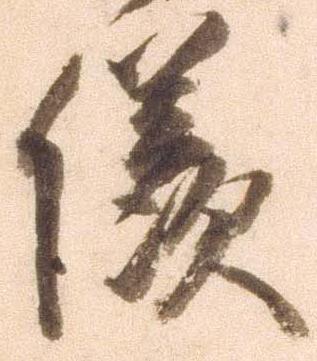
儀